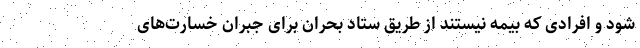
شود و افرادی که بیمه نیستند از طریق ستاد بحران برای جبران خسارت‌های